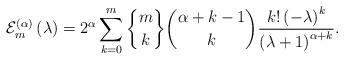
LaTeX: \begin{align*}\mathcal{E}_{m}^{\left( \alpha\right) }\left( \lambda\right) =2^{\alpha}\sum_{k=0}^{m}\genfrac{\{}{\}}{0pt}{}{m}{k}\binom{\alpha+k-1}{k}\frac{k!\left( -\lambda\right) ^{k}}{\left(\lambda+1\right) ^{\alpha+k}}. \end{align*}